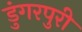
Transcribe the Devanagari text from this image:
डुंगरपुरी